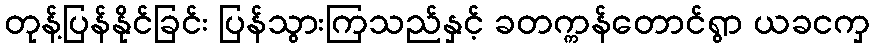
တုန့်ပြန်နိုင်ခြင်း ပြန်သွားကြသည်နှင့် ခတက္ကန်တောင်ရွာ ယခငကှ